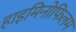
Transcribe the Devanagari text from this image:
हाइमिनोफिलम